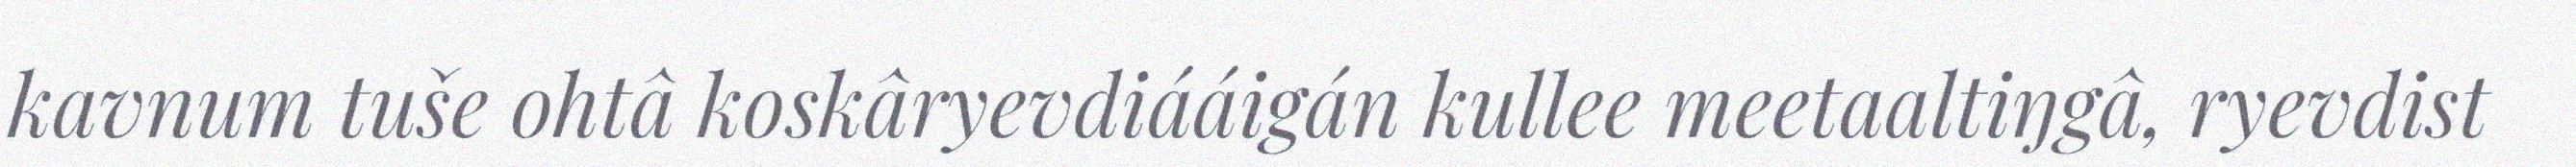
kavnum tuše ohtâ koskâryevdiááigán kullee meetaaltiŋgâ, ryevdist